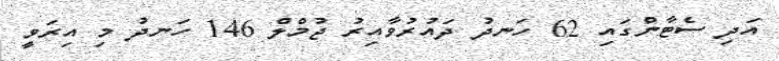
އަދި ސެޓާންގައި 62 ހަނދު ދައުރުވާއިރު ޖުމްލް 146 ހަނދު މި އިރަވީ